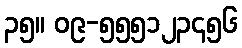
၃၅။ ၀၉-၅၅၅၁၂၃၄၅၆